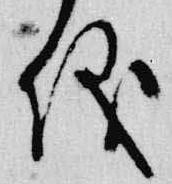
儀